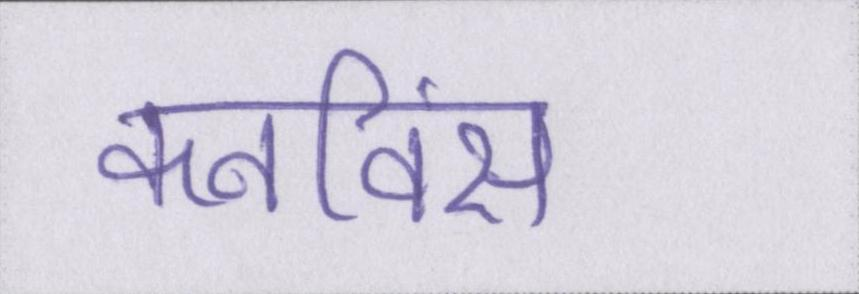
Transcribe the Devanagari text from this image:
कनविंस